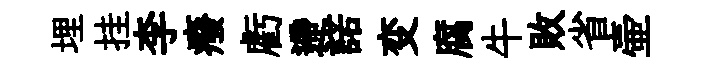
埋挂李癈虧遰諾变腐牛敗省壷